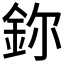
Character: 鉨